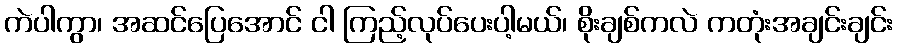
ကဲပါကွာ၊ အဆင်ပြေအောင် ငါ ကြည့်လုပ်ပေးပါ့မယ်၊ စိုးချစ်ကလဲ ကတုံးအချင်းချင်း